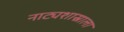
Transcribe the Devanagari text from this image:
नाट्यशास्राला